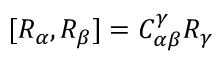
[ R _ { \alpha } , R _ { \beta } ] = C _ { \alpha \beta } ^ { \gamma } R _ { \gamma }